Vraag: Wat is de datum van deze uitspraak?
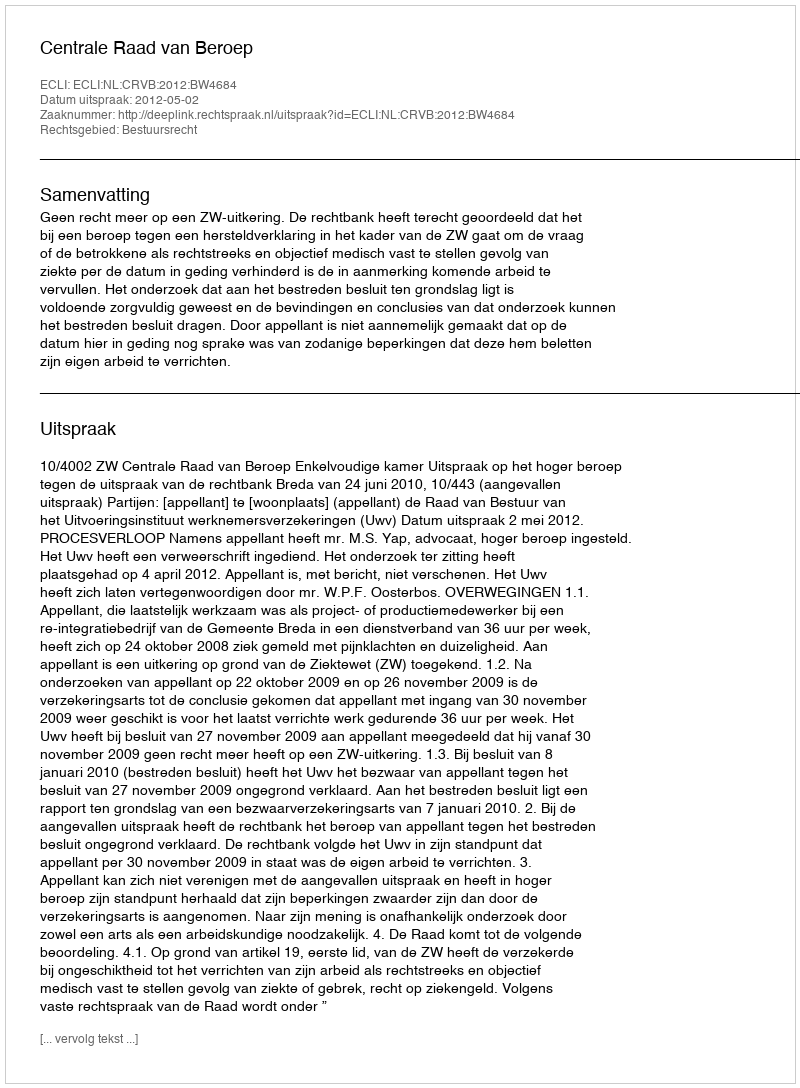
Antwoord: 2012-05-02